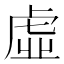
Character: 虛